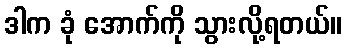
ဒါက ခုံ အောက်ကို သွားလို့ရတယ်။